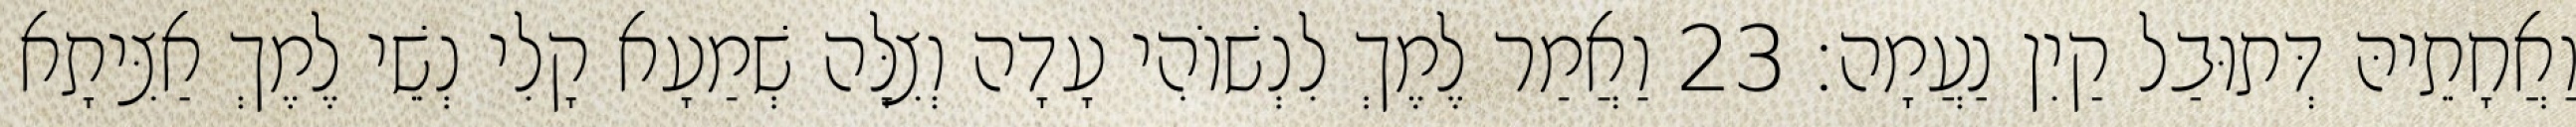
וַאֲחָתֵיהּ דְּתוּבַל קַיִן נַעֲמָה׃ 23 וַאֲמַר לֶמֶךְ לִנְשׁוֹהִי עָדָה וְצִלָּה שְׁמַעָא קָלִי נְשֵׁי לֶמֶךְ אַצִּיתָא